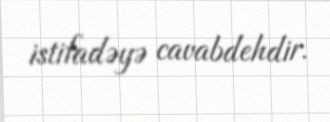
istifadəyə cavabdehdir.